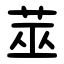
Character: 莁